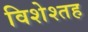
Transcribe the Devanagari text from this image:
विशेश्तह